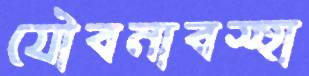
যৌবনাবস্হা